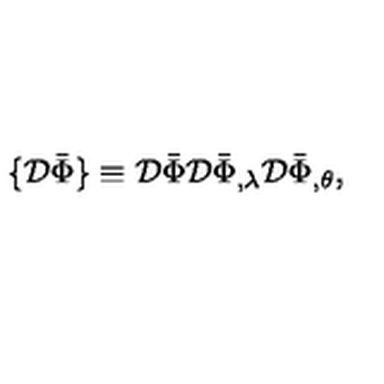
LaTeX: \{ { \cal D } \bar { \Phi } \} \equiv { \cal D } \bar { \Phi } { \cal D } \bar { \Phi } _ { , \lambda } { \cal D } \bar { \Phi } _ { , \theta } ,